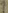
Text: 1